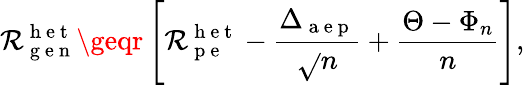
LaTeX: \mathcal{R}_{\mathrm{{~g~e~n~}}}^{\mathrm{{~h~e~t~}}}\geqr\left[\mathcal{R}_{\mathrm{{~p~e~}}}^{\mathrm{{~h~e~t~}}}-\frac{{\Delta_{\mathrm{{~a~e~p~}}}}}{{\sqrt{}{{n}}}}+\frac{{\Theta-\Phi_{n}}}{{n}}\right],